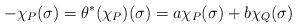
LaTeX: \begin{align*}-\chi_P(\sigma)=\theta^*(\chi_P)(\sigma)=a\chi_P(\sigma)+b\chi_Q(\sigma)\end{align*}